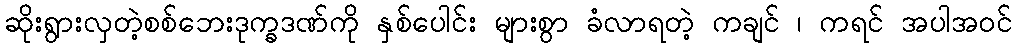
ဆိုးရွားလှတဲ့စစ်ဘေးဒုက္ခဒဏ်ကို နှစ်ပေါင်း များစွာ ခံလာရတဲ့ ကချင် ၊ ကရင် အပါအဝင်